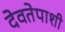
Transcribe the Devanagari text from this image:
देवतेपाशी